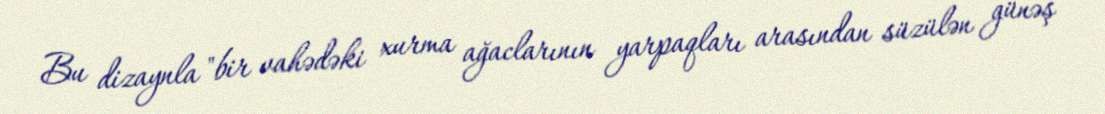
Bu dizaynla "bir vahədəki xurma ağaclarının yarpaqları arasından süzülən günəş